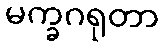
မက္ခဂရုတာ